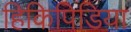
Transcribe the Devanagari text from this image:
हिकिपिडिया